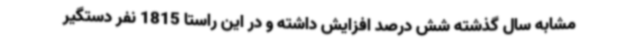
مشابه سال گذشته شش درصد افزایش داشته و در این راستا 1815 نفر دستگیر